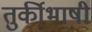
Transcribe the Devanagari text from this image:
तुर्कीभाषी